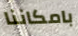
بامكاننا